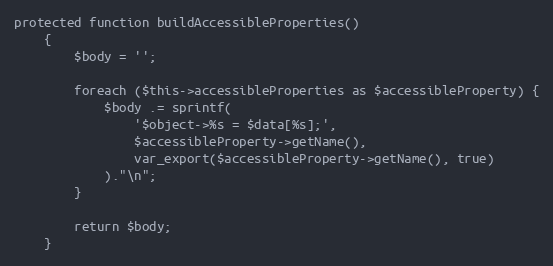
Language: PHP
protected function buildAccessibleProperties()
    {
        $body = '';

        foreach ($this->accessibleProperties as $accessibleProperty) {
            $body .= sprintf(
                '$object->%s = $data[%s];',
                $accessibleProperty->getName(),
                var_export($accessibleProperty->getName(), true)
            )."\n";
        }

        return $body;
    }